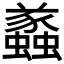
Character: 𧔑